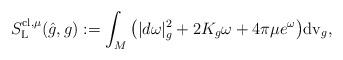
LaTeX: \begin{align*}S^{{\rm cl},\mu}_{{\rm L}}(\hat g,g):= \int_M\big(|d\omega|^2_{g}+ 2K_{g}\omega+4\pi\mu e^{\omega}\big){\rm dv}_{g},\end{align*}